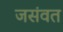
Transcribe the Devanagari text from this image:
जसंवत